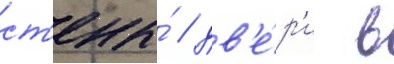
ст'ены́ / дв'е́р'и в